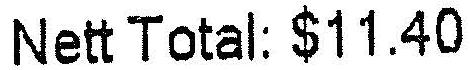
NETT TOTAL: $11.40